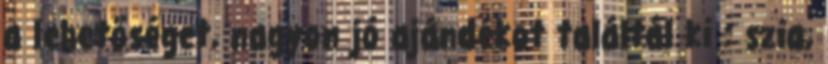
a lehetőséget, nagyon jó ajándékot találtál ki : szia,